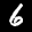
Label: 6